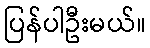
ပြန်ပါဦးမယ်။